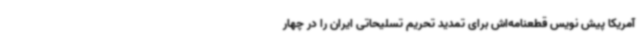
آمریکا پیش نویس قطعنامه‌اش برای تمدید تحریم تسلیحاتی ایران را در چهار